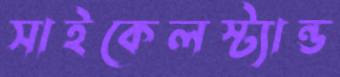
সাইকেলস্ট্যান্ড